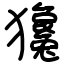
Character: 㺥